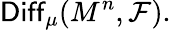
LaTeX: \mathsf{Diff}_{\mu}(M^{n},{\mathcal F}).